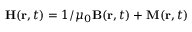
\boldsymbol { \mathbf { H } } ( \boldsymbol { \mathbf { r } } , t ) = 1 / \mu _ { 0 } \boldsymbol { \mathbf { B } } ( \boldsymbol { \mathbf { r } } , t ) + \boldsymbol { \mathbf { M } } ( \boldsymbol { \mathbf { r } } , t )